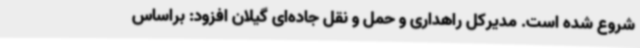
شروع شده است. مدیرکل راهداری و حمل و نقل جاده‌ای گیلان افزود: براساس